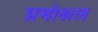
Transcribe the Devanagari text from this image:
प्रमोश्नल